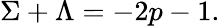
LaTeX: \Sigma+\Lambda=-2p-1.